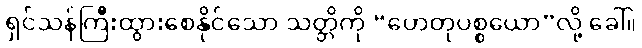
ရှင်သန်ကြီးထွားစေနိုင်သော သတ္တိကို “ဟေတုပစ္စယော”လို့ ခေါ်။